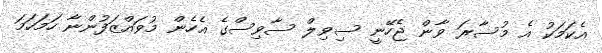
އެކަމަކު އެ މުސާރަ ވާން ޖެހޭނީ ސިވިލް ސާވިސްގެ އެހެން މުވައްޒަފުންނާ ހަމަހަމަ